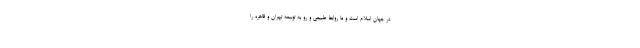
در جهان اسلام است و ما روابط طبیعی و رو به توسعه تهران و قاهره را